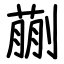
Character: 蒯